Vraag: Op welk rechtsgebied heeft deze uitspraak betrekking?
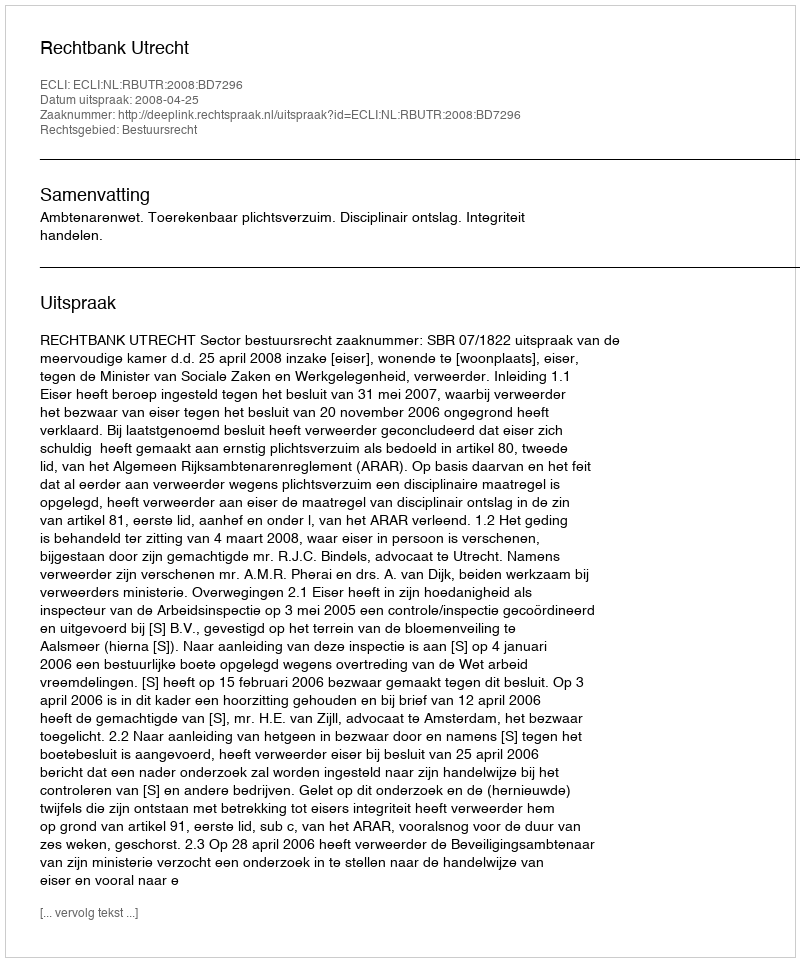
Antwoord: Bestuursrecht